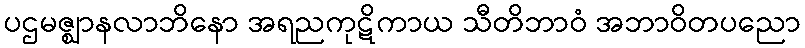
ပဌမဇ္ဈာနလာဘိနော အရညကုဋိကာယ သီတိဘာဝံ အဘာဝိတပညော